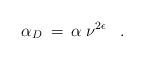
LaTeX: \begin{align*}\alpha_D \> = \> \alpha \> \nu^{2 \epsilon}\;\;\;.\end{align*}